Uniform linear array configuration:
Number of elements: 8
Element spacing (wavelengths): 0.25
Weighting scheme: hamming
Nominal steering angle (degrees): -45
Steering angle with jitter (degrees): -44.152
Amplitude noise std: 0.05
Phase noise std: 0.05

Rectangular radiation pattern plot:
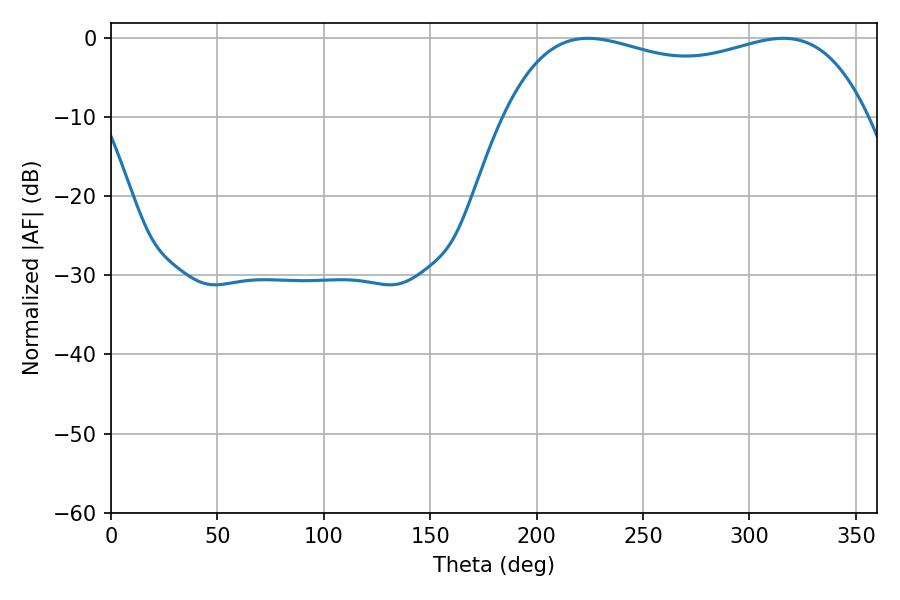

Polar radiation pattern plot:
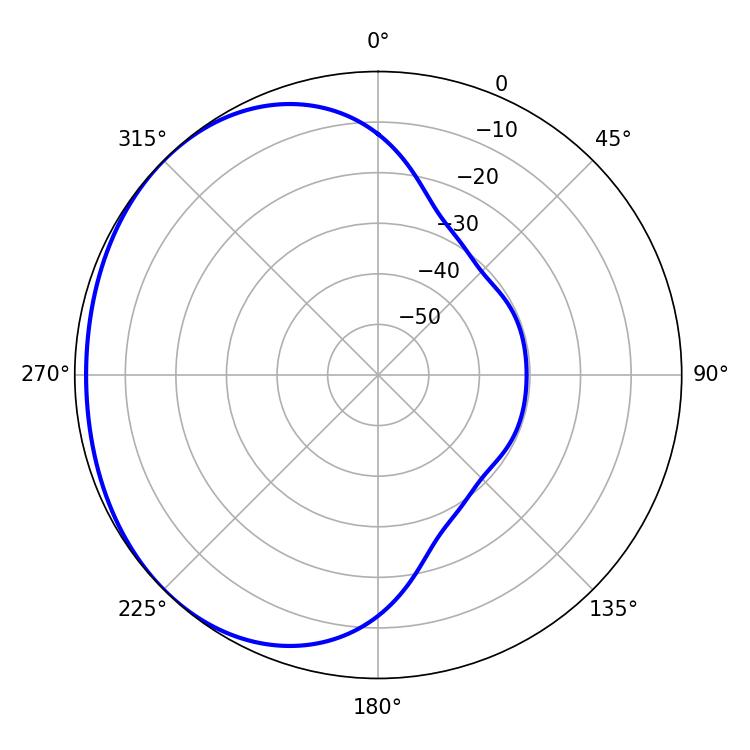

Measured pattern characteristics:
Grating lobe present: FALSE
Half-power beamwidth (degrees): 139.32
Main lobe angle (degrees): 224.1